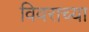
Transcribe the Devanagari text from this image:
विवराच्या